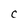
Character: C